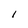
Character: I